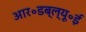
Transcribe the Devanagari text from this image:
आर॰डब्ल्यू॰ई